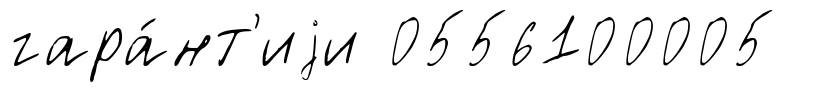
гара́нт'иjи 0556100005